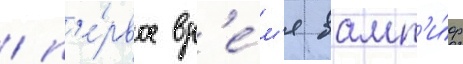
/ п'е́рвое вр'е́м'я вамп'и́р